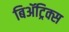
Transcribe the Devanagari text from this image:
बिॲट्रिक्स